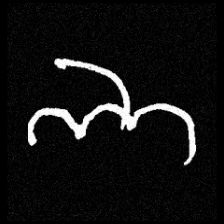
Pyu character \u2014 Myanmar letter: ဘ (romanized: bha)